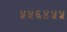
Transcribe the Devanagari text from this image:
५५६४५५